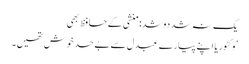
یک نہ شد دو شد: منشی کے حافظ بھی
’وکٹوریا اپنے پیارے عبدل سے بے حد خوش تھیں۔